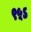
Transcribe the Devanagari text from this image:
९५ऽ